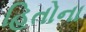
હિતોના